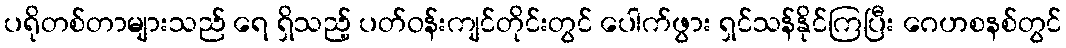
ပရိုတစ်တာများသည် ရေ ရှိသည့် ပတ်ဝန်းကျင်တိုင်းတွင် ပေါက်ဖွား ရှင်သန်နိုင်ကြပြီး ဂေဟစနစ်တွင်